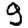
Digit: 9